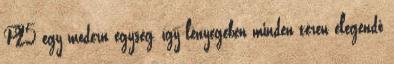
P25 egy modern egység, így lényegében minden téren elegendő